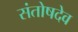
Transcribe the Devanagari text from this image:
संतोषदेव